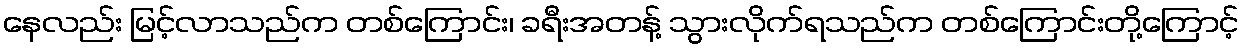
နေလည်း မြင့်လာသည်က တစ်ကြောင်း၊ ခရီးအတန့် သွားလိုက်ရသည်က တစ်ကြောင်းတို့ကြောင့်